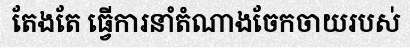
តែងតែ ធ្វើការនាំតំណាងចែកចាយរបស់